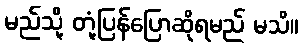
မည်သို့ တုံ့ပြန်ပြောဆိုရမည် မသိ။